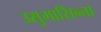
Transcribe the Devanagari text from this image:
उसुमासिन्ता